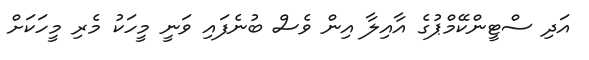
އަދި ސްޓީންކޭމްޕުގެ އާއިލާ އިން ވެސް ބުނެފައި ވަނީ މީހަކު މެރި މީހަކަށް